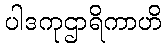
ပါဒကုဌာရိကာဟိ